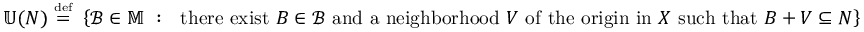
\mathbb { U } ( N ) ~ { \stackrel { \scriptscriptstyle { \mathrm { d e f } } } { = } } ~ \left\{ { \mathcal { B } } \in \mathbb { M } ~ : ~ { \mathrm { ~ t h e r e ~ e x i s t ~ } } B \in { \mathcal { B } } { \mathrm { ~ a n d ~ a ~ n e i g h b o r h o o d ~ } } V { \mathrm { ~ o f ~ t h e ~ o r i g i n ~ i n ~ } } X { \mathrm { ~ s u c h ~ t h a t ~ } } B + V \subseteq N \right\}